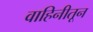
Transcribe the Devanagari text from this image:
वाहिनीतून